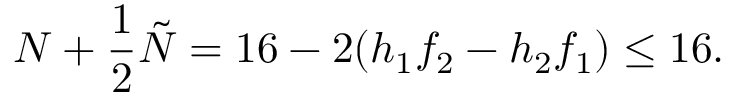
N + \frac { 1 } { 2 } \tilde { N } = 1 6 - 2 ( h _ { 1 } f _ { 2 } - h _ { 2 } f _ { 1 } ) \leq 1 6 .